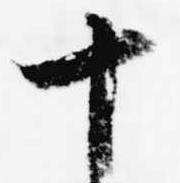
十